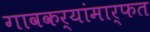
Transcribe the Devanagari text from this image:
गावकर्‍यांमार्फत